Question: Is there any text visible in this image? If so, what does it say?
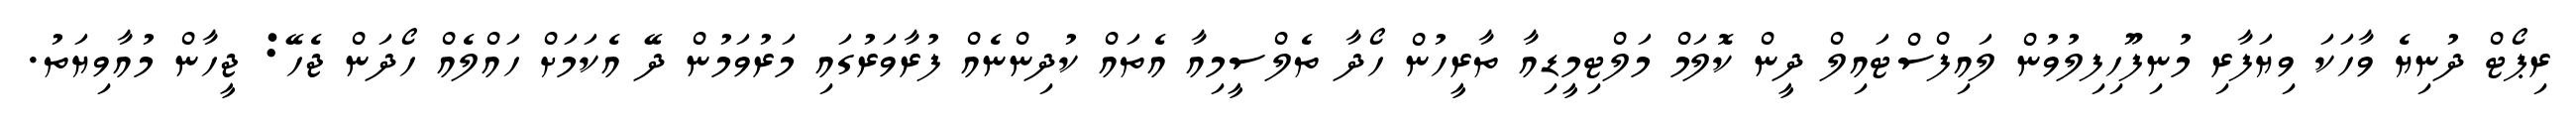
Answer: ރިޕޯޓް ދުނިޔެ ވާހަކަ ވިޔަފާރި މުނިފޫހިފިލުވުން ލައިފްސްޓައިލް ދީން ކޮލަމް މަލްޓިމީޑިއާ ތާރީހުން ހޯދާ ތެލްސީމިއާ އެތައް ކުދިންނެއް ފުރާވަރުގައި މަރުވަމުން ދޭ އެކަމަށް ހައްލެއް ހޯދަން ޖެހޭ: ޖީހާން މުއާވިޔަތު.